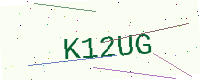
Text: K12UG